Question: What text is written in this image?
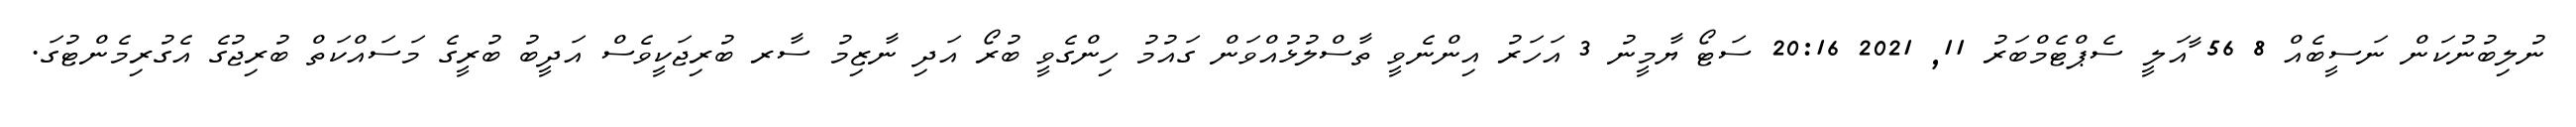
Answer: ނުލިބުނުކަން ނަސީބެއް 8 56 ާއަލީ ސެޕްޓެމްބަރު 11, 2021 20:16 ސަޓޯ ޔާމީނު 3 އަހަރު އިންނެވީ ތާސްލުޅުއްވަން ގައުމު ހިންގެވީ ބުރޯ އަދި ނާޒިމު ސާރ ބުރިޖަކީވެސް އަދީބު ބުރީގެ މަސައްކަތް ބުރިޖުގެ އެގުރިމެންޓުގަ.